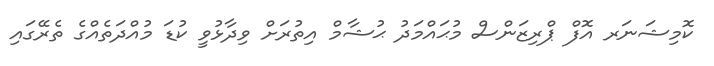
ކޮމިޝަނަރ އޮފް ޕްރިޒަންސް މުޙައްމަދު ޙުޝާމް އިތުރަށް ވިދާޅުވީ ކުޑަ މުއްދަތެއްގެ ތެރޭގައި